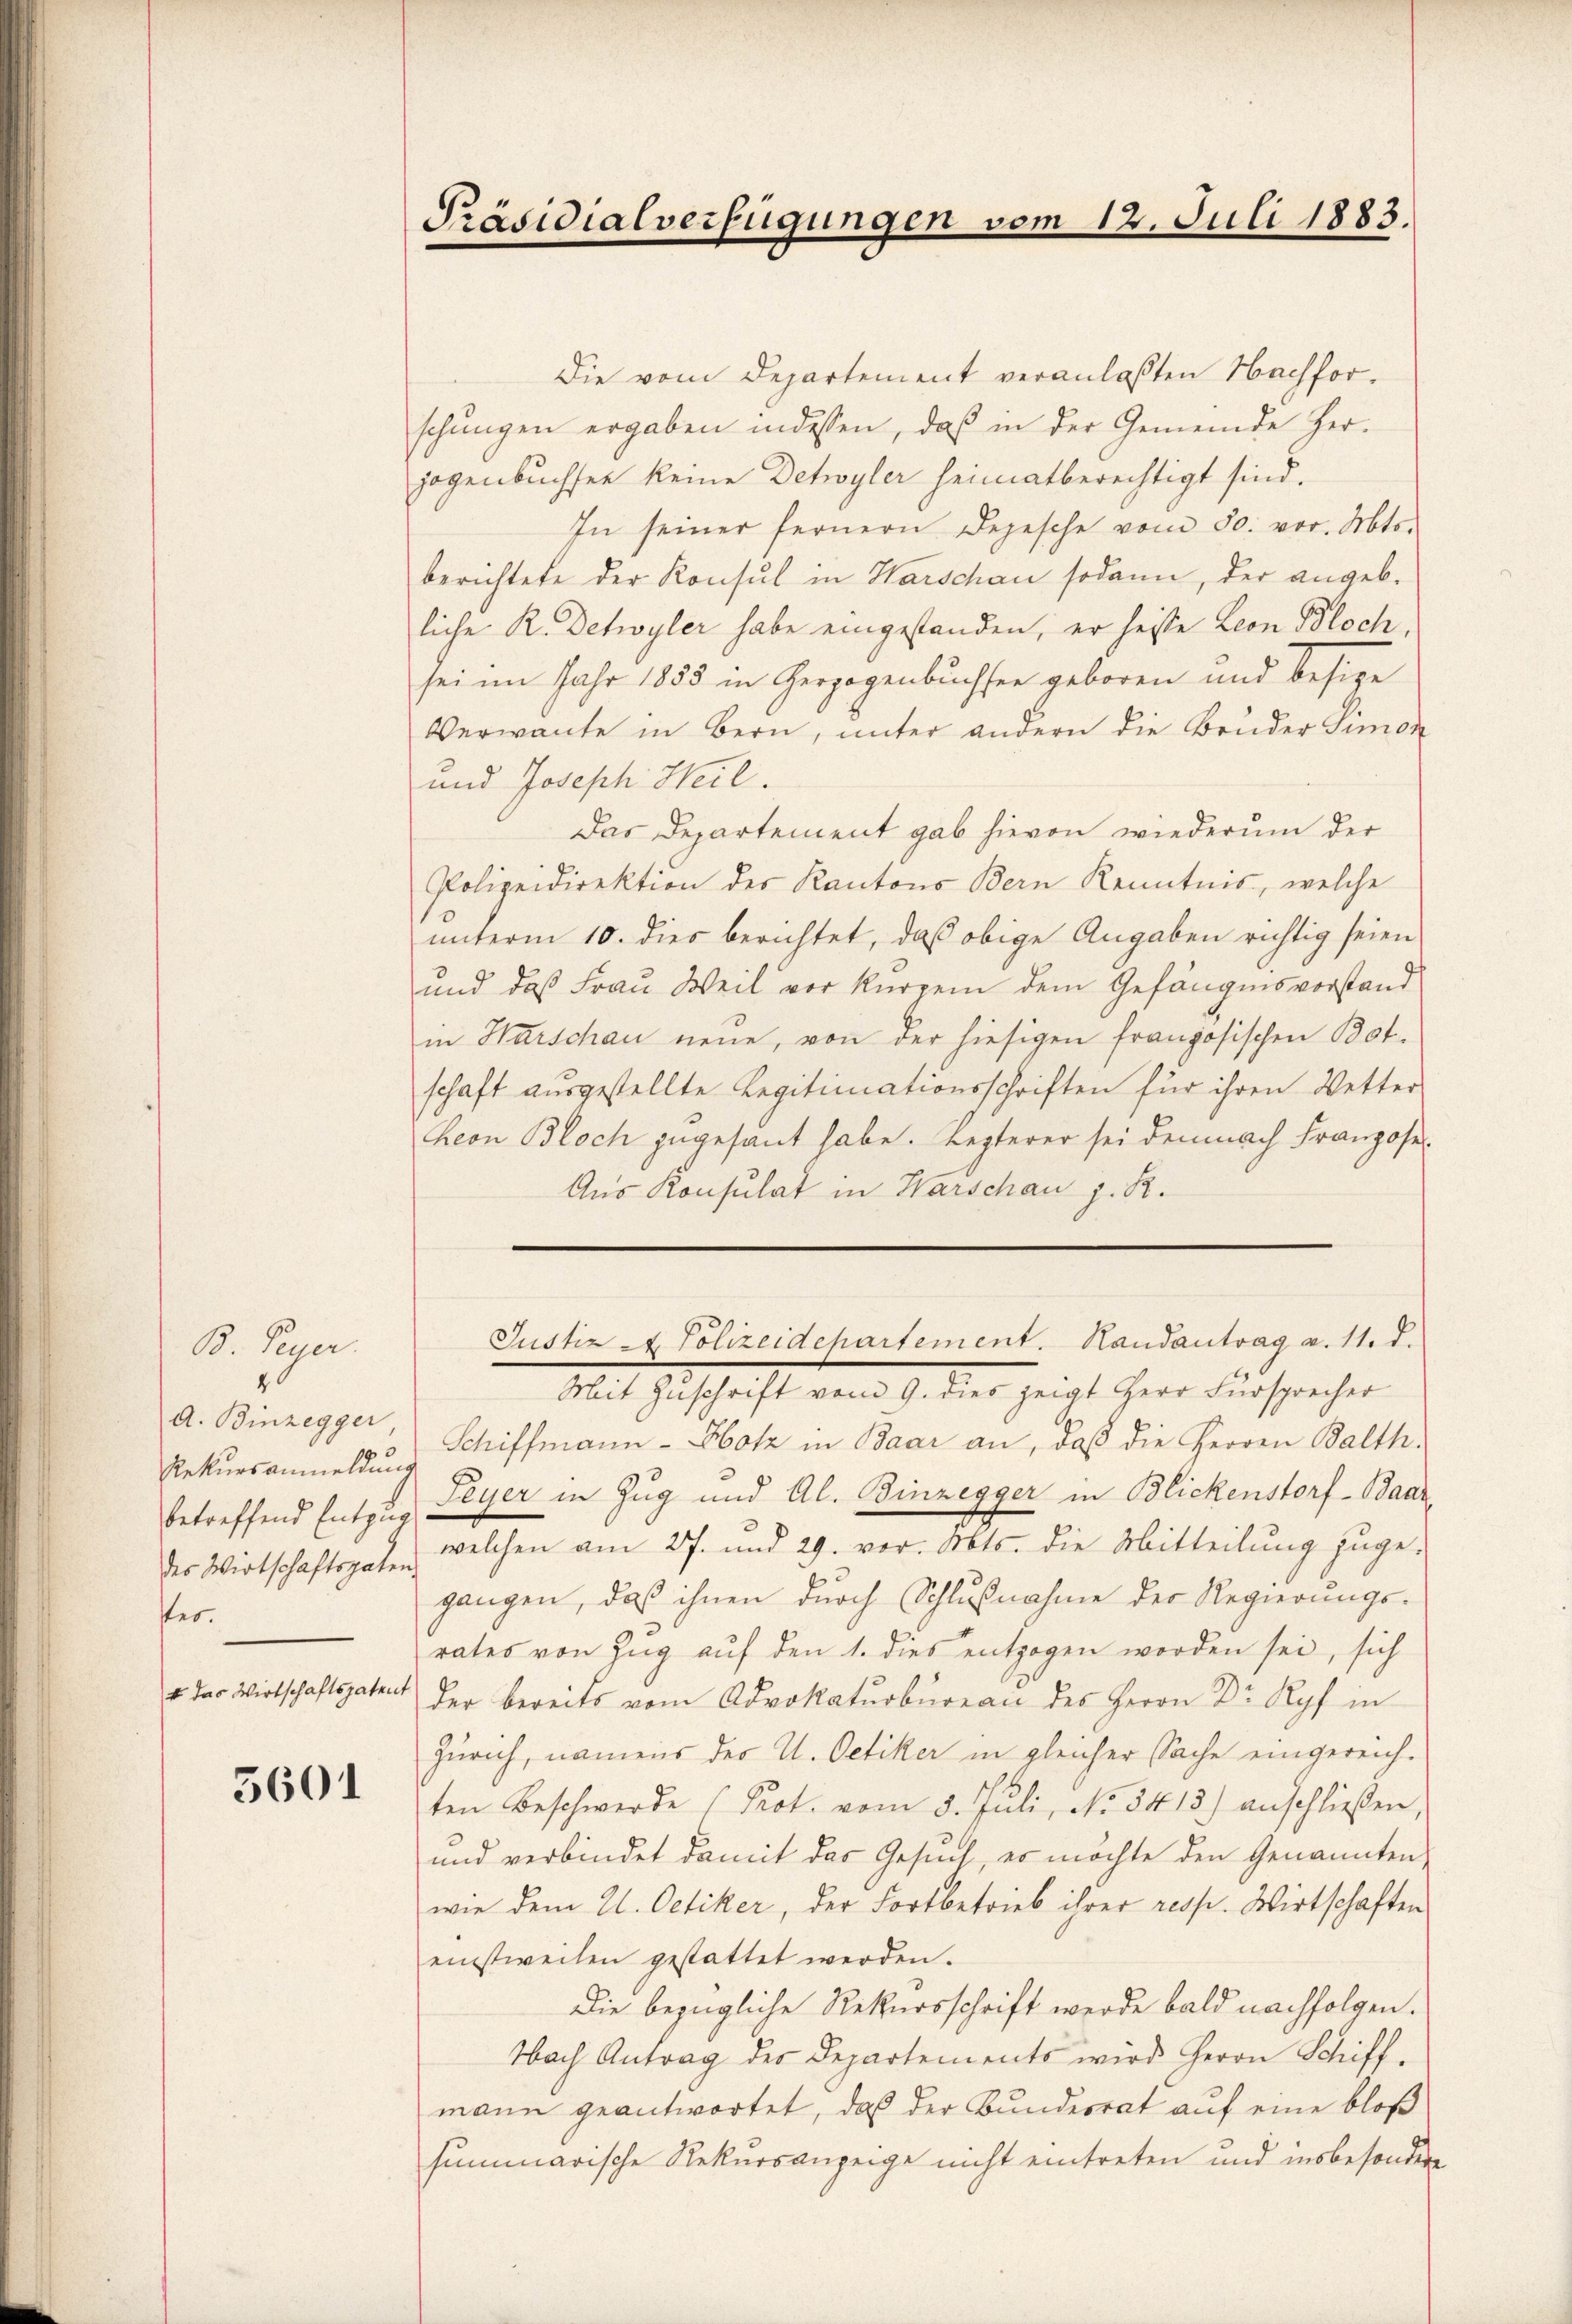
A. Binzegger
Rekursanmeldung
betreffend Entzug
des Wirtschaftspaten,
ster.
4 das Wirtschaftspatent

B. Peyer.

5601

Präsidialverfügungen

12.

Juli 1883.

Die vom Departement veranlaßten Nachforschŭngen ergaben indessen, daß in der Gemeinde Her-
jogenbuchsen keine Detwyler heimatberechtigt sind.
In seiner fernern Depesche vom 30. vor. Mts.
berichtete der Konsul in Warschau sodann, der angebliche R. Detwyler habe eingestanden, er heiste Leon Bloch,
sei im Jahr 1855 in Herzogenbuchser geboren und besize
Verwante in Bern, unter andern die Bruder Simon
und Joseph Heil.
Das Departement gab hievon wiederum der
Polizeidirektion des Kantons Bern Kenntnis, welche
unterm 10. dies berichtet, daß obige Angaben richtig seien
und daß Frau Weil vor kurzem dem Gefängnisvorstand
in Warschau neue, von der hiesigen französischen Bot
schaft ausgestellte Legitimationsschriften für ihren Wetter
heon Bloch zugesant habe. Lezterer sei demnach Franzose
Aus Konsulat in Warschau z. B.

Justiz - Polizeidchartement. Randantrag a. 11. d.
Mit Zuschrift vom 9. dies zeigt Herr Fürsprecher

Schiffmann-Hotz in Baar an, daß die Herren Balth.
Peyer in Zug und Al. Binzegger in Blickenstorf - Baarwelchen am 27. und 29. vor. Mts. die Mitteilung zuge-
gangen, daß ihnen durch Schlußnahme der Regierungs-
rates von Zug auf den 1. dies entzogen worden sei, sich
der bereits vom Advokaturbureau des Herrn Dr Ryf in
Zürich, namens der U. Oetiker in gleicher Sache eingereichten Beschwerde (Prot. vom 5. Juli, No. 5415) anschließen
und verbindet damit das Gesuch, es möchte den Genannten,
wie dem U. Oetiker, der Fortbetrieb ihrer resp. Wirtschaften
einstweilen gestattet werden.
Die bezügliche Rekursschrift werde bald nachfolgen.
Nach Antrag des Departements wird Herrn Schiff-
mann geantwortet, daß der Bundesrat auf eine bloß
summarische Rekursanzeige nicht eintreten und insbesondere